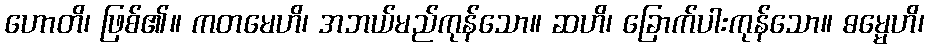
ဟောတိ၊ ဖြစ်၏။ ကတမေဟိ၊ အဘယ်မည်ကုန်သော။ ဆဟိ၊ ခြောက်ပါးကုန်သော။ ဓမ္မေဟိ၊